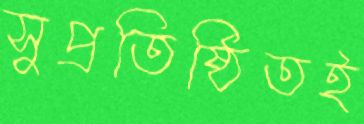
সুপ্রতিষ্ঠিতই